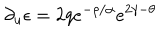
\partial _ { u } \epsilon = 2 q e ^ { - \rho / \alpha } e ^ { 2 \gamma - \theta }